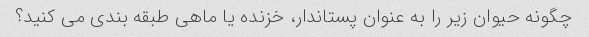
چگونه حیوان زیر را به عنوان پستاندار، خزنده یا ماهی طبقه بندی می کنید؟